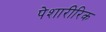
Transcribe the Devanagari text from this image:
पेशारीरिक